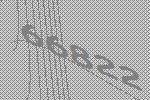
66822